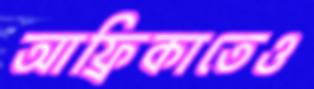
আফ্রিকাতেও